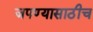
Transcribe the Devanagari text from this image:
जपण्यासाठीच